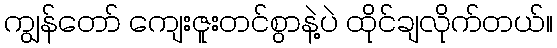
ကျွန်တော် ကျေးဇူးတင်စွာနဲ့ပဲ ထိုင်ချလိုက်တယ်။